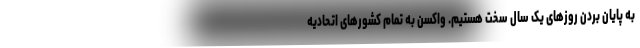
به پایان بردن روزهای یک سال سخت هستیم. واکسن به تمام کشورهای اتحادیه